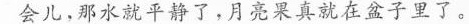
会儿，那水就平静了，月亮果真就在盆子里了。